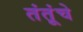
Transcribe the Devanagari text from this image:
तंतूंचे